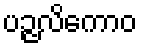
ပဉ္ဇလိကောဝ